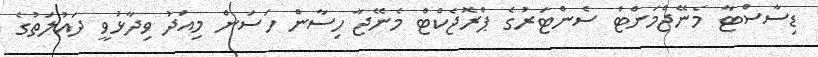
ޑިސާސްޓާ މެނޭޖްމަންޓް ސެންޓަރުގެ ޕްރޮޖެކްޓް މެނޭޖާ ހިސާން ހަސަން މިއަދު ވިދާޅުވީ ދައުލަތުގެ